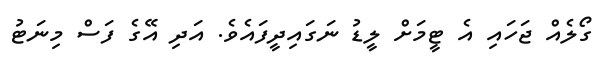
ގޯލެއް ޖަހައި އެ ޓީމަށް ލީޑު ނަގައިދީފައެވެ. އަދި އޭގެ ފަސް މިނަޓު